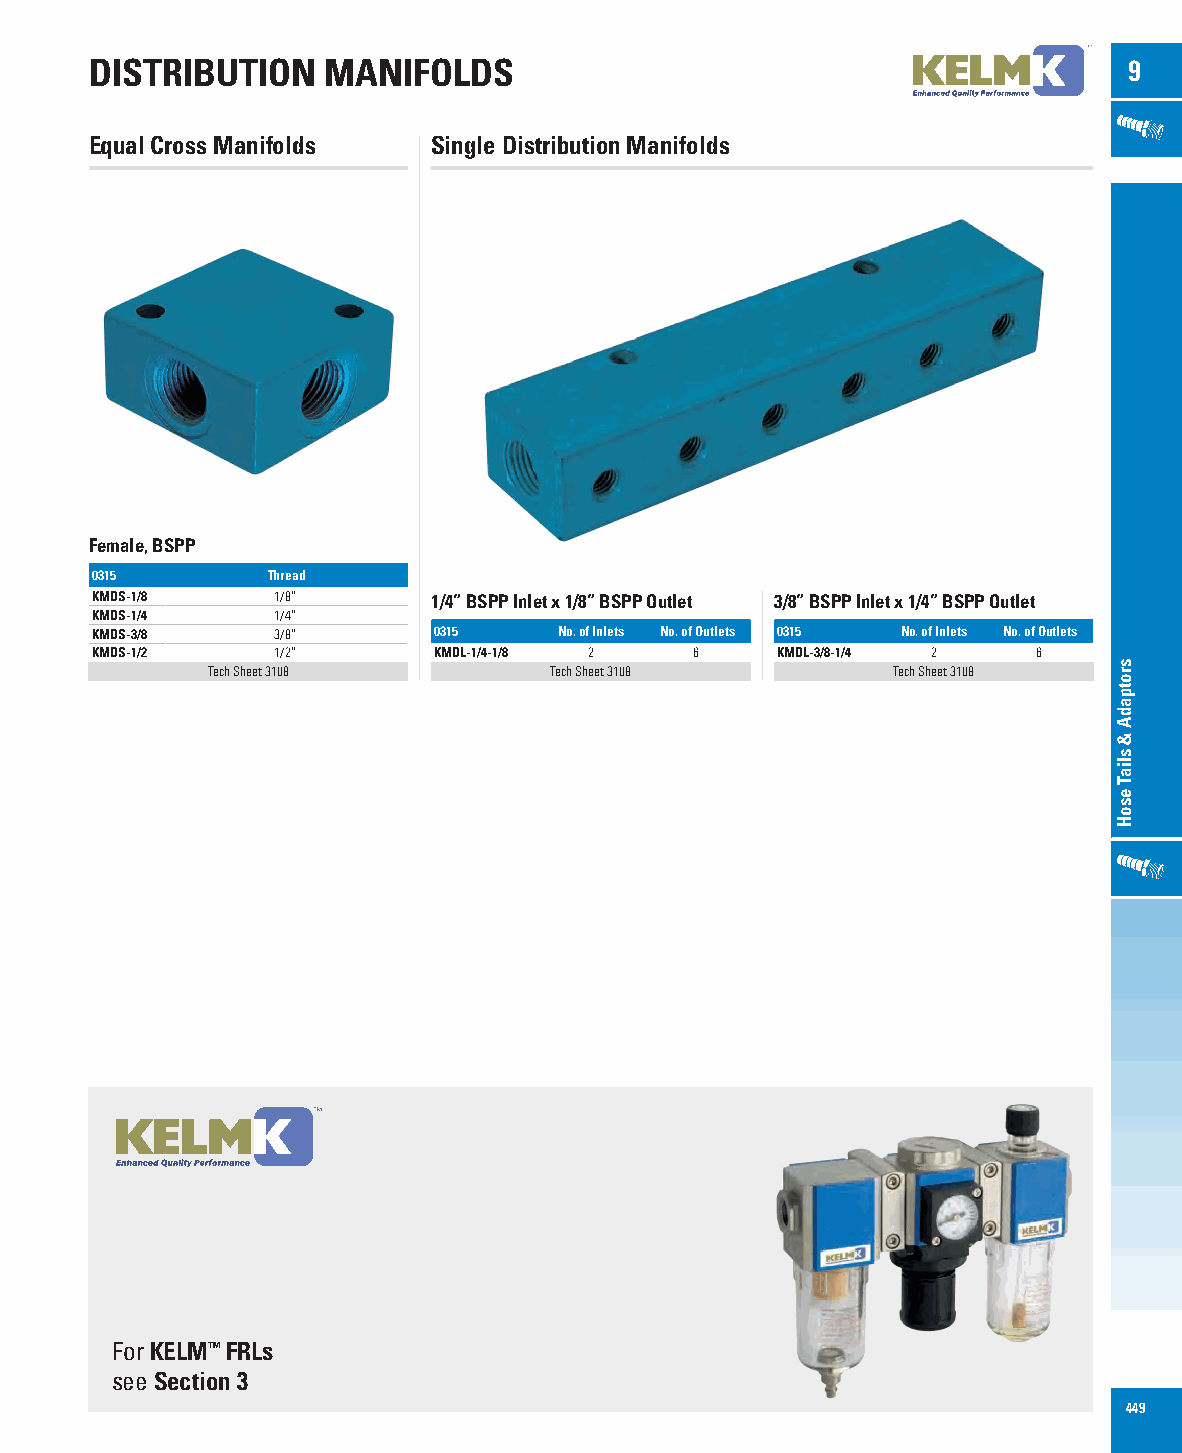
DISTRIBUTION   MANIFOLDS                                             9
 Equal Cross Manifolds  Single Distribution Manifolds
 Female, BSPP
 0315        Thread
 KMDS-1/8    1/8”       1/4” BSPP Inlet x 1/8” BSPP Outlet 3/8” BSPP Inlet x 1/4” BSPP Outlet
 KMDS-1/4    1/4”
 KMDS-3/8    3/8”       0315    No. of Inlets No. of Outlets 0315 No. of Inlets No. of Outlets
 KMDS-1/2    1/2”       KMDL-1/4-1/8 2   6    KMDL-3/8-1/4 2    6
 Tech Sheet 3108       Tech Sheet 3108        Tech Sheet 3108
 For KELM™ FRLs
 see Section 3
 449
 srotpadA
 &
 sliaT
 esoH